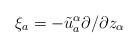
\begin{align*}\xi_a = - \tilde{u}_a^{\alpha} \partial/\partial z_\alpha\end{align*}